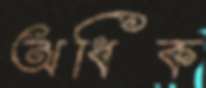
অধিক